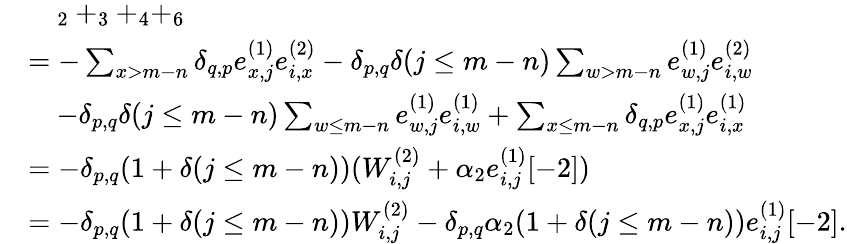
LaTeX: \begin{array}{rl}&{\quad_{2}+_{3}+_{4}+_{6}}\\ &{=-\sum_{x>m-n}\delta_{q,p}e_{x,j}^{(1)}e_{i,x}^{(2)}-\delta_{p,q}\delta(j\leq m-n)\sum_{w>m-n}e_{w,j}^{(1)}e_{i,w}^{(2)}}\\ &{\quad-\delta_{p,q}\delta(j\leq m-n)\sum_{w\leq m-n}e_{w,j}^{(1)}e_{i,w}^{(1)}+\sum_{x\leq m-n}\delta_{q,p}e_{x,j}^{(1)}e_{i,x}^{(1)}}\\ &{=-\delta_{p,q}(1+\delta(j\leq m-n))(W_{i,j}^{(2)}+\alpha_{2}e_{i,j}^{(1)}[-2])}\\ &{=-\delta_{p,q}(1+\delta(j\leq m-n))W_{i,j}^{(2)}-\delta_{p,q}\alpha_{2}(1+\delta(j\leq m-n))e_{i,j}^{(1)}[-2].}\end{array}